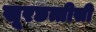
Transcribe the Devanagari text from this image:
सूरछत्तीसी